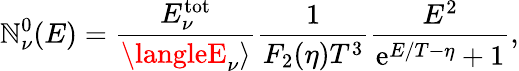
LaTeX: \mathbb{N}_{\nu}^{0}(E)=\frac{{E_{\nu}^{\mathrm{{tot}}}}}{{\langleE_{\nu}\rangle}}\frac{{1}}{{F_{2}(\eta)T^{3}}}\frac{{E^{2}}}{{\mathrm{{e}}^{E/T-\eta}+1}},